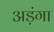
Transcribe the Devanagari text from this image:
अड़ंगा